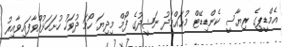
އެމްޑީޕީގެ ރިޔާސީ ކެންޑިޑޭޓް މުޙައްމަދު ނަޝީދުގެ ފޯމް މިދިޔަ ހޯމަ ދުވަހު ހުށަހަޅުއްވާފައިވާއިރު